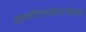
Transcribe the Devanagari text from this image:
संगीतकारांसह